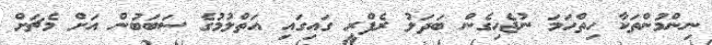
ނިންމުންތަކާ ހިތްހަމަ ނުޖެހިގެން ބަދަލު ރެފްރީ ގައިގައި އަތްލުމުގެ ސަބަބުން އަށް މެޗަށް